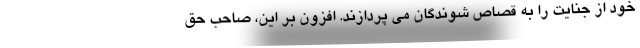
خود از جنایت را به قصاص شوندگان می پردازند. افزون بر این، صاحب حق